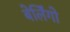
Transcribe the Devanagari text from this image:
बेर्लिंगो